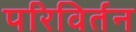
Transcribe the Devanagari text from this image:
परिविर्तन